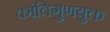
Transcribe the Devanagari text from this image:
कांतिगुणयुक्त